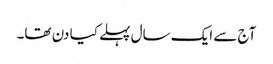
آج سے ایک سال پہلے کیا دن تھا۔